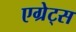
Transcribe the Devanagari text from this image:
एग्रेट्स